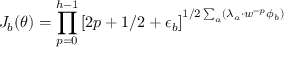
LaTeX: J _ { b } ( \theta ) = \prod _ { p = 0 } ^ { h - 1 } \left[ 2 p + 1 / 2 + \epsilon _ { b } \right] ^ { 1 / 2 \sum _ { a } ( \lambda _ { a } \cdot w ^ { - p } \phi _ { b } ) }